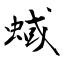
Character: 蜮